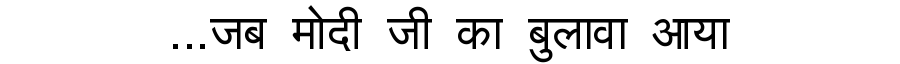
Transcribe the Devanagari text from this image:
...जब मोदी जी का बुलावा आया